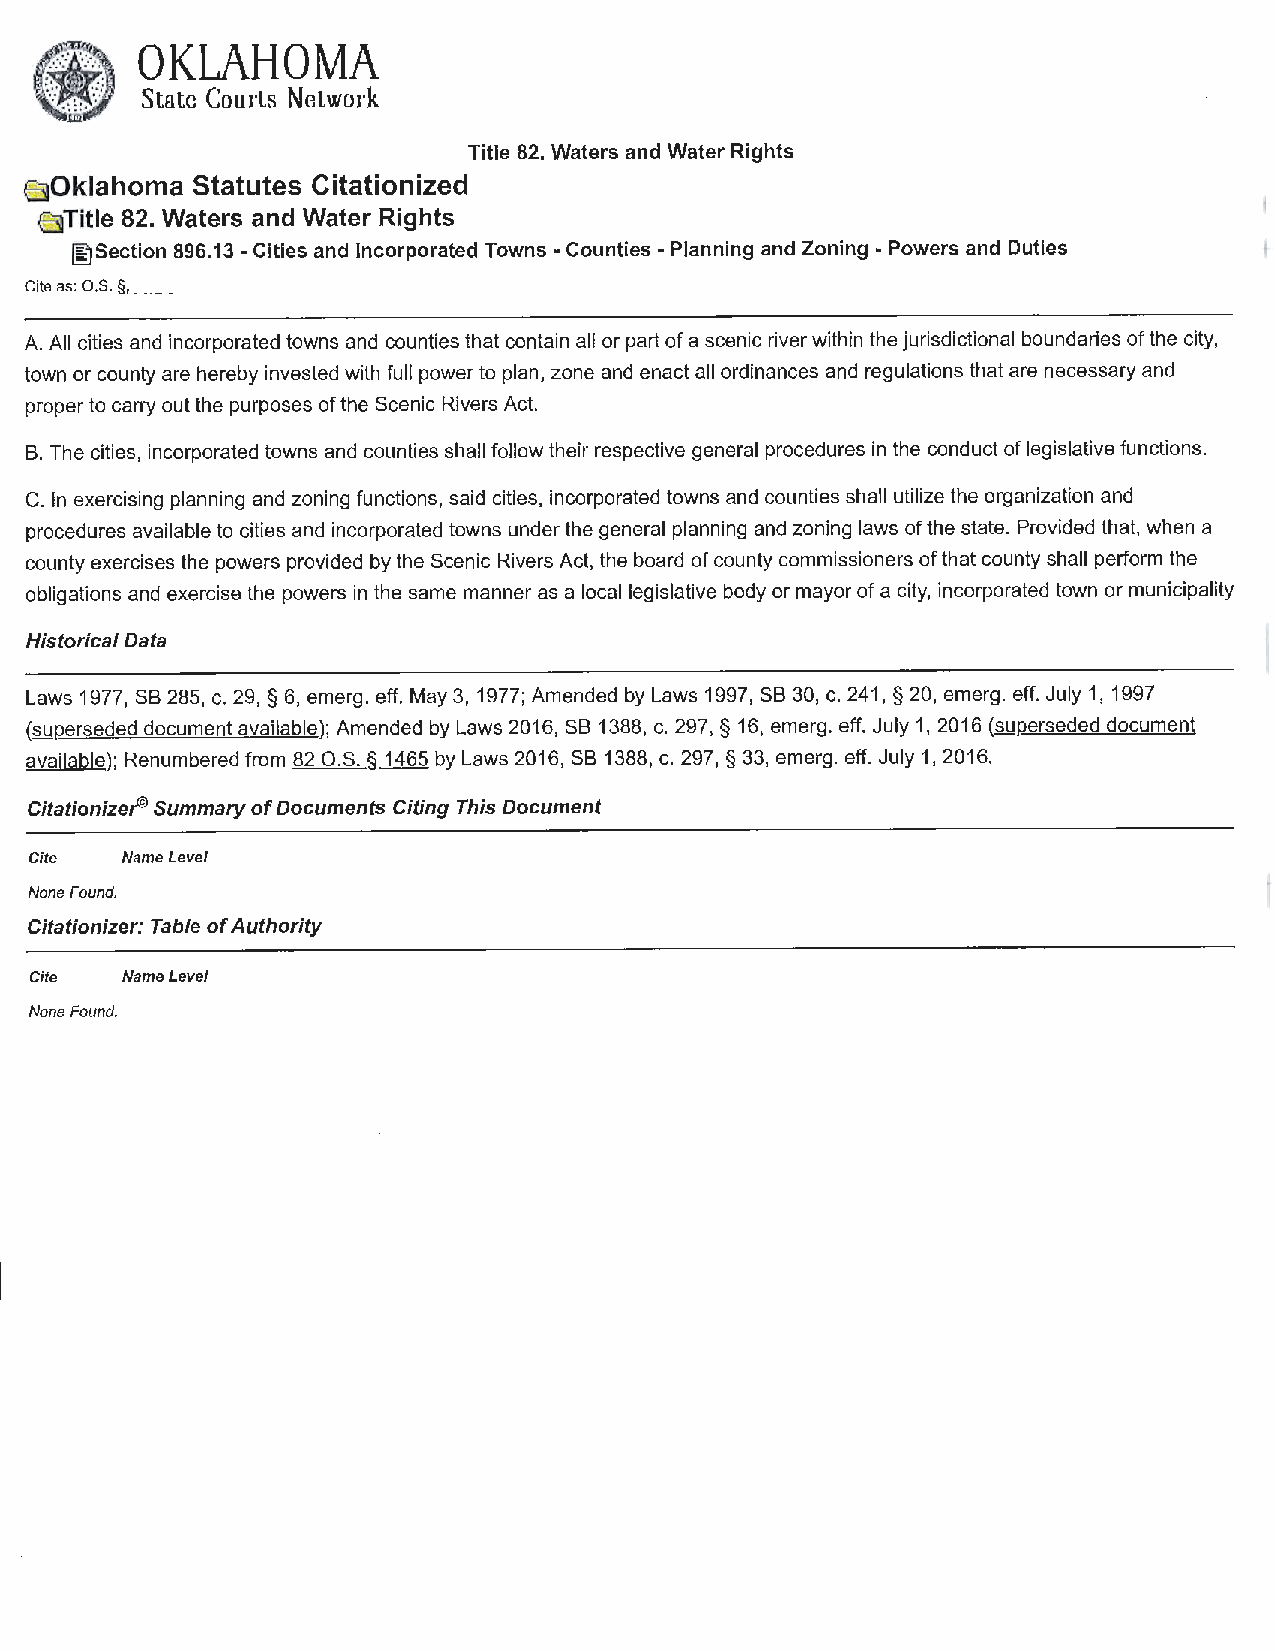
Title 82. Waters and Water Rights
 sOklahoma  Statutes Citationized
 e51Title 82. Waters and Water Rights
 ~Section 896.13 -Cities and Incorporated Towns -Counties -Planning and Zoning -Powers and Duties
 Cite as: O.S. §, __
 A. All cities and incorporated towns and counties that contain all or part of a scenic river within the jurisdictional boundaries of the city,
 town or county are hereby invested with full power to plan, zone and enact all ordinances and regulations that are necessary and
 proper to carry out the purposes of the Scenic Rivers Act.
 B. The cities, incorporated towns and counties shall follow their respective general procedures in the conduct of legislative functions.
 C. In exercising planning and zoning functions, said cities, incorporated towns and counties shall utilize the organization and
 procedures available to cities and incorporated towns under the general planning and zoning laws of the state. Provided that, when a
 county exercises the powers provided by the Scenic Rivers Act, the board of county commissioners of that county shall perform the
 obligations and exercise the powers in the same manner as a local legislative body or mayor of a city, incorporated town or municipality
 Historical Data
 Laws 1977, SB 285, c. 29, § 6, emerg. eff. May 3, 1977; Amended by Laws 1997, SB 30, c. 241, § 20, emerg. eff. July 1, 1997
 (suP-erseded document available); Amended by Laws 2016, SB 1388, c. 297, § 16, emerg. eff. July 1, 2016 (suP-erseded document
 available); Renumbered from 82 O.S. § 1465 by Laws 2016, SB 1388, c. 297, § 33, emerg. eff. July 1, 2016.
 Citationizer© Summary of Documents Citing This Document
 Cite  Name Level
 None Found.
 Citationizer: Table of Authority
 Cite  Name Level
 None Found.